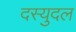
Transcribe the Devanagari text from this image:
दस्युदल